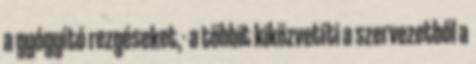
a gyógyító rezgéseket,- a többit kiközvetíti a szervezetből a